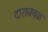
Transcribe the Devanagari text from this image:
दाराजवळ